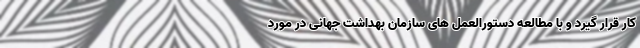
کار قرار گیرد و با مطالعه دستورالعمل های سازمان بهداشت جهانی در مورد